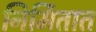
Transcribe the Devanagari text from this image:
निर्मितात